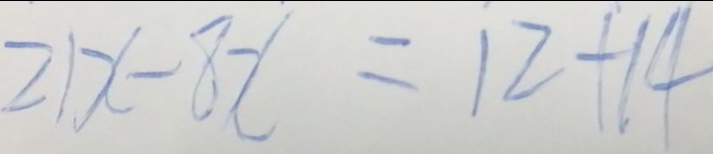
2 1 x - 8 x = 1 2 + 1 4